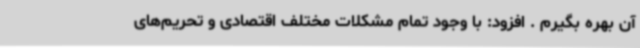
آن بهره بگیرم . افزود: با وجود تمام مشکلات مختلف اقتصادی و تحریم‌های